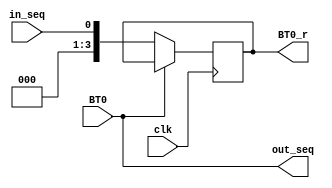
module SeqDetector (BT0,BT0_r,clk,in_seq,out_seq);

input clk;
input BT0;
input in_seq;

output out_seq;
output [3:0] BT0_r;
reg [3:0] BT0_r; 




always@(posedge clk) begin
//BT0_r <= BT0;
	if(BT0 == 1'b0) begin
		//BT0 <= BT0;
		BT0_r <= in_seq;
		
	end


end

assign out_seq = BT0;

endmodule  // End of Moore state machine